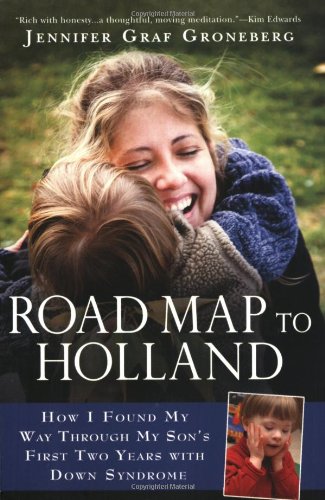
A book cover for Road Map to Holland: How I Found My Way Through My Son's First Two Years With Down Syndrome; Jennifer Graf Groneberg; Parenting & Relationships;